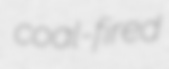
coal-fired